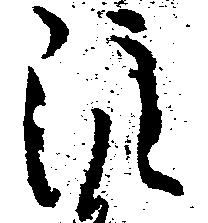
注